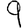
Digit: 9